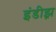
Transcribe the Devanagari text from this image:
इंडीझ़़